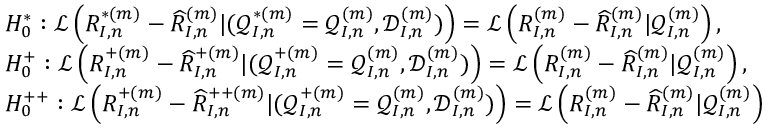
\begin{array} { r l } & { H _ { 0 } ^ { * } : \mathcal { L } \left( R _ { I , n } ^ { * ( m ) } - \widehat R _ { I , n } ^ { ( m ) } | ( \mathcal { Q } _ { I , n } ^ { * ( m ) } = \mathcal { Q } _ { I , n } ^ { ( m ) } , \mathcal { D } _ { I , n } ^ { ( m ) } ) \right) = \mathcal { L } \left( R _ { I , n } ^ { ( m ) } - \widehat R _ { I , n } ^ { ( m ) } | \mathcal { Q } _ { I , n } ^ { ( m ) } \right) , } \\ & { H _ { 0 } ^ { + } : \mathcal { L } \left( R _ { I , n } ^ { + ( m ) } - \widehat R _ { I , n } ^ { + ( m ) } | ( \mathcal { Q } _ { I , n } ^ { + ( m ) } = \mathcal { Q } _ { I , n } ^ { ( m ) } , \mathcal { D } _ { I , n } ^ { ( m ) } ) \right) = \mathcal { L } \left( R _ { I , n } ^ { ( m ) } - \widehat R _ { I , n } ^ { ( m ) } | \mathcal { Q } _ { I , n } ^ { ( m ) } \right) , } \\ & { H _ { 0 } ^ { + + } : \mathcal { L } \left( R _ { I , n } ^ { + ( m ) } - \widehat R _ { I , n } ^ { + + ( m ) } | ( \mathcal { Q } _ { I , n } ^ { + ( m ) } = \mathcal { Q } _ { I , n } ^ { ( m ) } , \mathcal { D } _ { I , n } ^ { ( m ) } ) \right) = \mathcal { L } \left( R _ { I , n } ^ { ( m ) } - \widehat R _ { I , n } ^ { ( m ) } | \mathcal { Q } _ { I , n } ^ { ( m ) } \right) } \end{array}